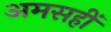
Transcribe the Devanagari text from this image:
अमसहीं